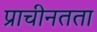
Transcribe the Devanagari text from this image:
प्राचीनतता